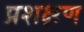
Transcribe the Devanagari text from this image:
प्रशक्षण